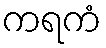
ကရကံ